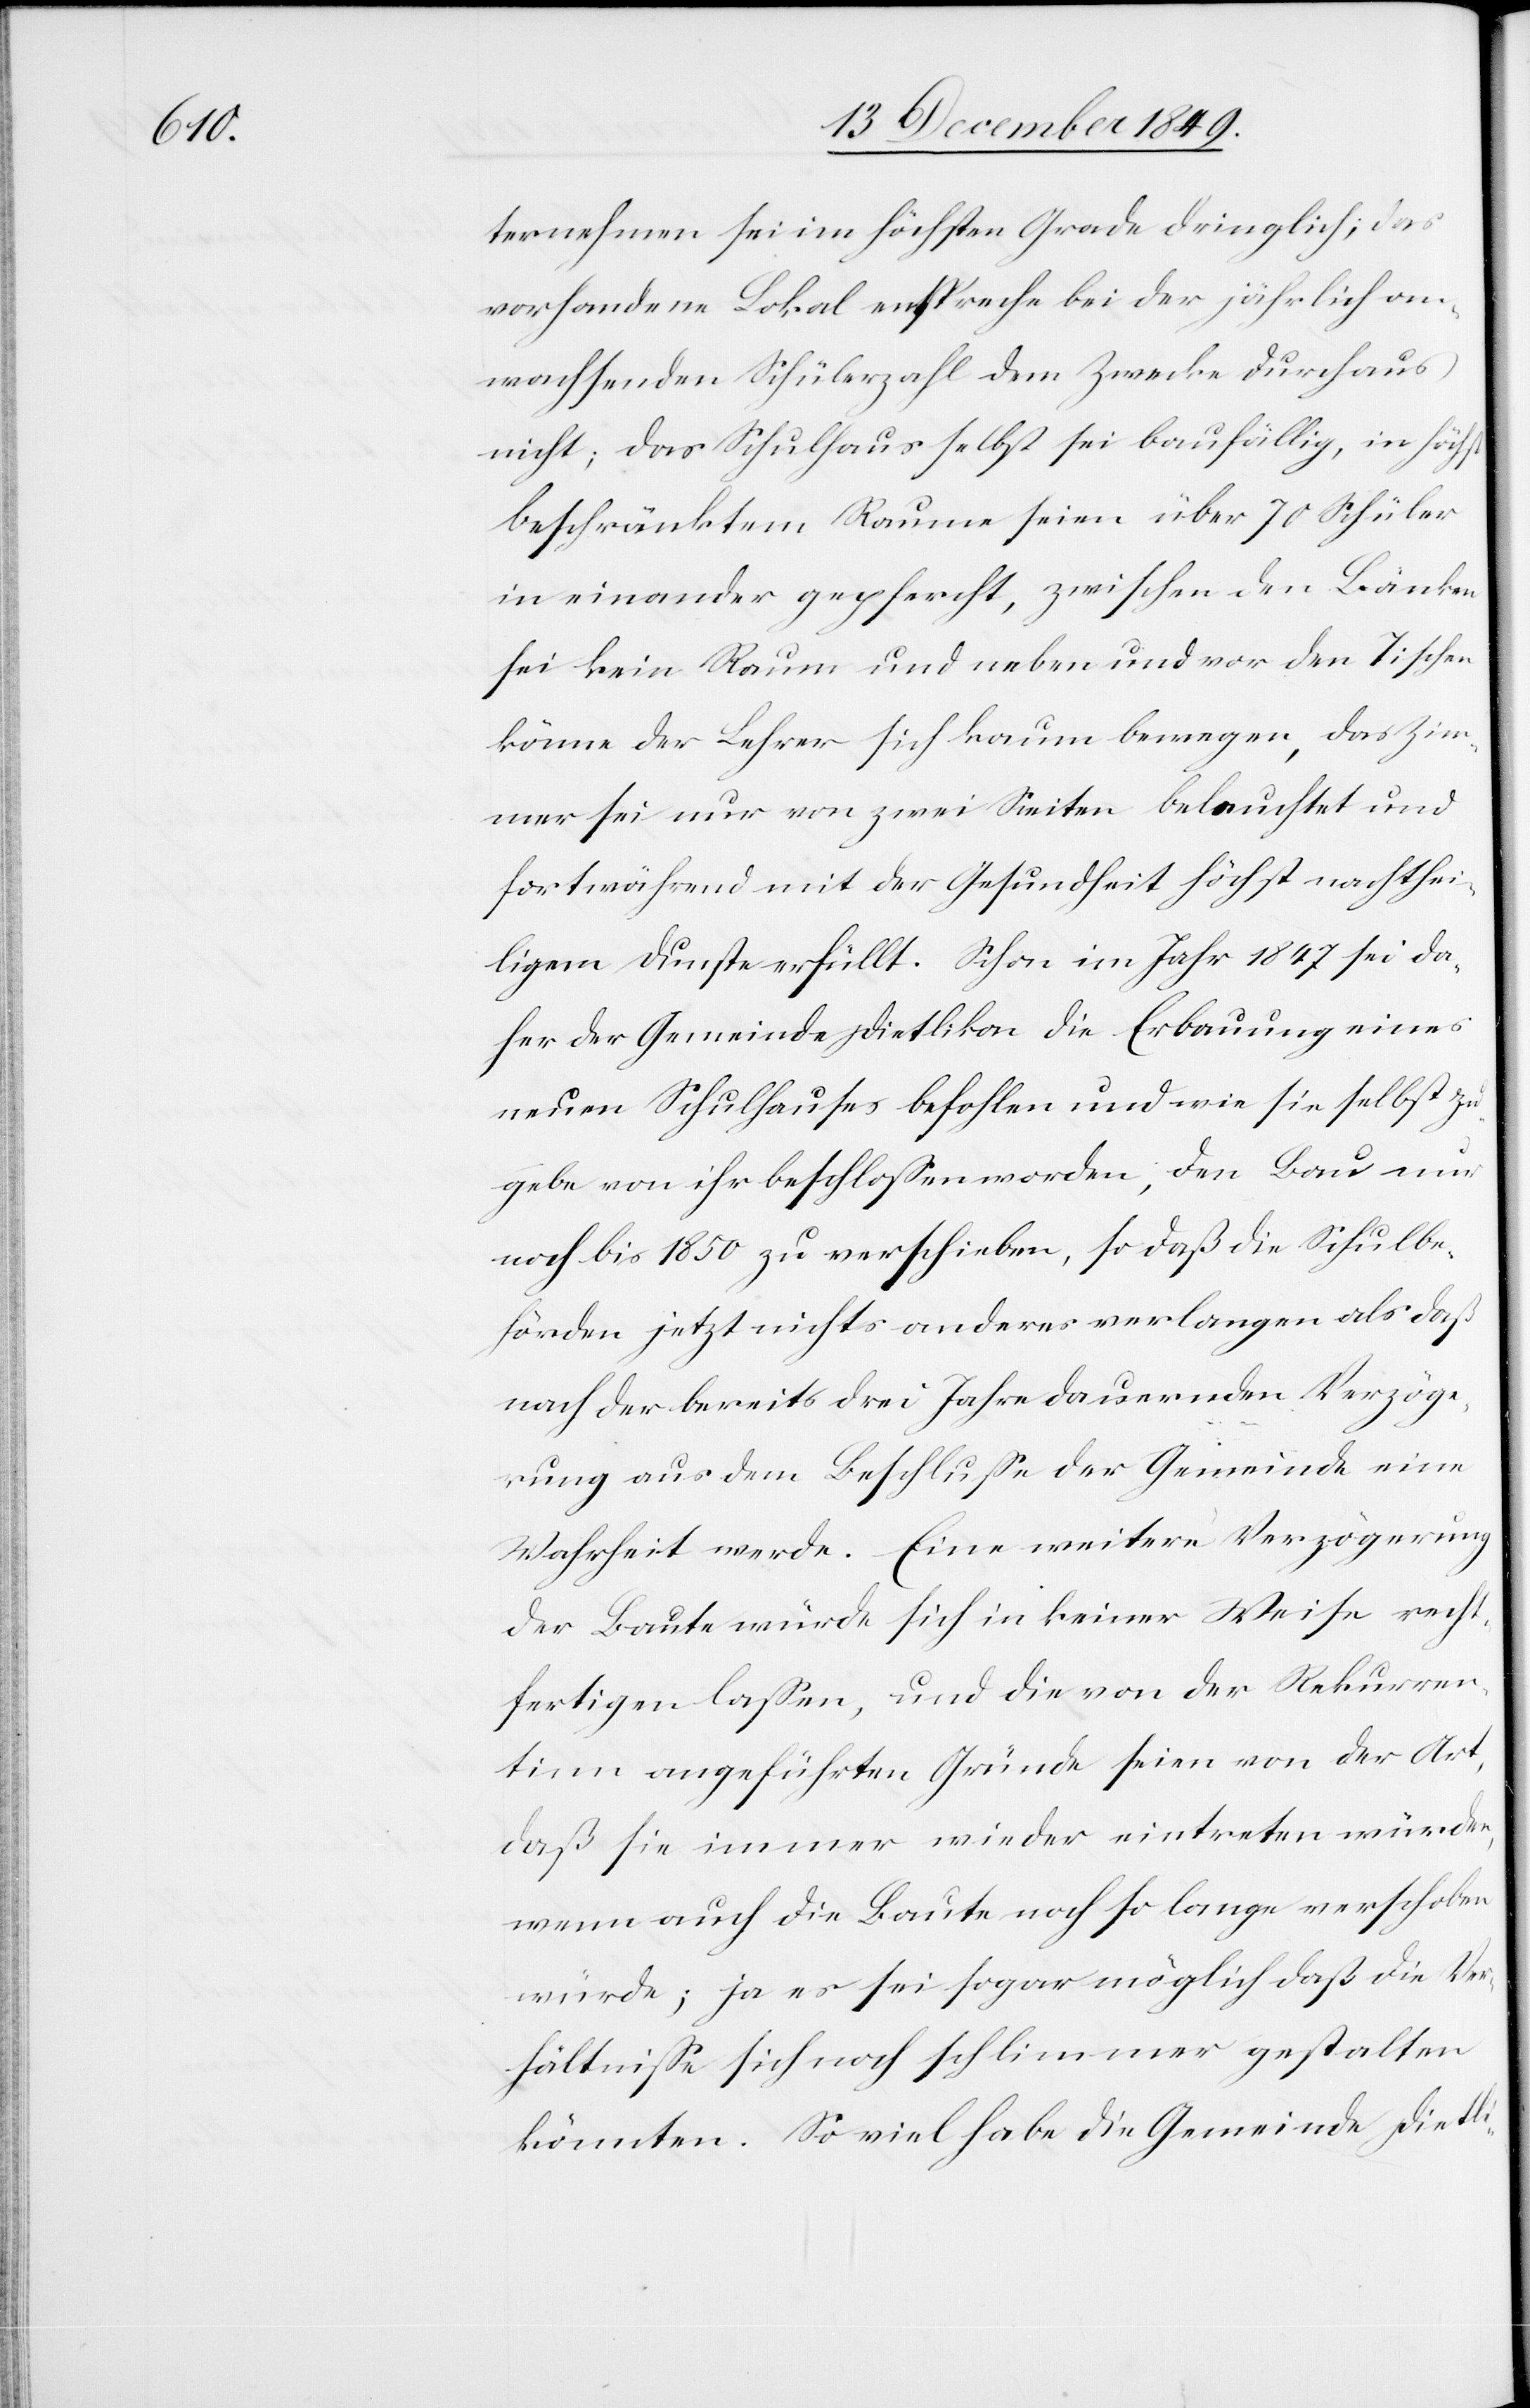
ternehmen sei im höchsten Grade dringlich; das
vorhandene Lokal entspreche bei der jährlich an¬
wachsenden Schülerzahl dem Zwecke durchaus
nicht; das Schulhaus selbst sei baufällig, in höchst
beschränktem Raume seien über 70 Schüler
in einander gepfercht, zwischen den Bänken
sei kein Raum und neben und vor den Tischen
könne der Lehrer sich kaum bewegen, das Zim¬
mer sei nur von zwei Seiten beleuchtet und
fortwährend mit der Gesundheit höchst nachthei¬
ligem Dunste erfüllt. Schon im Jahr 1847 sei da¬
her der Gemeinde Dietlikon die Erbauung eines
neuen Schulhauses befohlen und wie sie selbst zu¬
gebe von ihr beschloßen worden, den Bau nur
noch bis 1850 zu verschieben, so daß die Schulbe¬
hörden jetzt nichts anderes verlangen als daß
nach der bereits drei Jahre dauernden Verzöge¬
rung aus dem Beschluße der Gemeinde eine
Wahrheit werde. Eine weitere Verzögerung
der Baute würde sich in keiner Weise recht¬
fertigen laßen, und die von der Rekurren¬
tinn angeführten Gründe seien von der Art,
daß sie immer wieder eintreten würden,
wenn auch die Baute noch so lange verschoben
würde; ja es sei sogar möglich daß die Ver¬
hältniße sich noch schlimmer gestalten
könnten. So viel habe die Gemeinde Dietli-